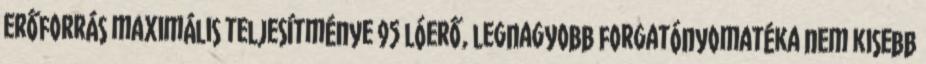
erőforrás maximális teljesítménye 95 lóerő, legnagyobb forgatónyomatéka nem kisebb